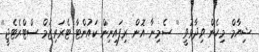
ޝިޔާމް މިހެން ވިދާޅުވީ '' ސެމިނާ އޮން ރިފައިނިން ކައުންޓާ ޓެރަރިޒަމް ސްޓްރެޓެޖީ''